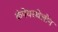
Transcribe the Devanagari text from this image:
कंपेयरथेलॉन